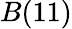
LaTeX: B(11)